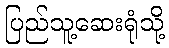
ပြည်သူ့ဆေးရုံသို့